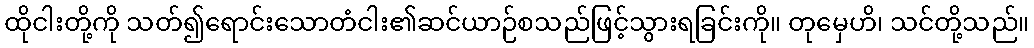
ထိုငါးတို့ကို သတ်၍ရောင်းသောတံငါး၏ဆင်ယာဉ်စသည်ဖြင့်သွားရခြင်းကို။ တုမှေဟိ၊ သင်တို့သည်။